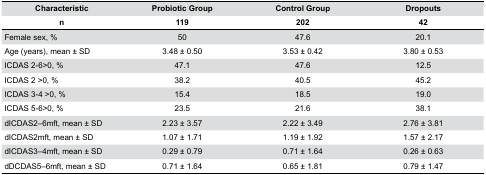
<table><thead><tr><td><b>Characteristic</b></td><td><b>Probiotic Group</b></td><td><b>Control Group</b></td><td><b>Dropouts</b></td></tr><tr><td><b>n</b></td><td><b>119</b></td><td><b>202</b></td><td><b>42</b></td></tr></thead><tbody><tr><td>Female sex, %</td><td>50</td><td>47.6</td><td>20.1</td></tr><tr><td>Age (years), mean ± SD</td><td>3.48 ± 0.50</td><td>3.53 ± 0.42</td><td>3.80 ± 0.53</td></tr><tr><td>ICDAS 2-6&gt;0, %</td><td>47.1</td><td>47.6</td><td>12.5</td></tr><tr><td>ICDAS 2 &gt;0, %</td><td>38.2</td><td>40.5</td><td>45.2</td></tr><tr><td>ICDAS 3-4 &gt;0, %</td><td>15.4</td><td>18.5</td><td>19.0</td></tr><tr><td>ICDAS 5-6&gt;0, %</td><td>23.5</td><td>21.6</td><td>38.1</td></tr><tr><td>dICDAS2–6mft, mean ± SD</td><td>2.23 ± 3.57</td><td>2.22 ± 3.49</td><td>2.76 ± 3.81</td></tr><tr><td>dICDAS2mft, mean ± SD</td><td>1.07 ± 1.71</td><td>1.19 ± 1.92</td><td>1.57 ± 2.17</td></tr><tr><td>dICDAS3–4mft, mean ± SD</td><td>0.29 ± 0.79</td><td>0.71 ± 1.64</td><td>0.26 ± 0.63</td></tr><tr><td>dDCDAS5–6mft, mean ± SD</td><td>0.71 ± 1.64</td><td>0.65 ± 1.81</td><td>0.79 ± 1.47</td></tr></tbody></table>